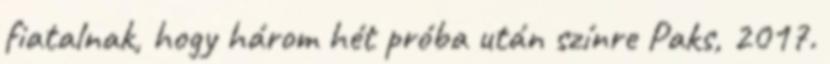
fiatalnak, hogy három hét próba után színre Paks, 2017.